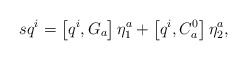
\begin{align*}sq^i=\left[ q^i,G_a\right] \eta _1^a+\left[ q^i,C_a^0\right]\eta _2^a,\end{align*}